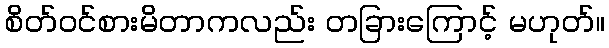
စိတ်ဝင်စားမိတာကလည်း တခြားကြောင့် မဟုတ်။